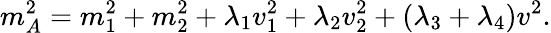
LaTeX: m_{A}^{2}=m_{1}^{2}+m_{2}^{2}+\lambda_{1}v_{1}^{2}+\lambda_{2}v_{2}^{2}+\left(\lambda_{3}+\lambda_{4}\right)v^{2}.